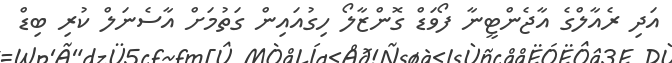
އަދި ރެއާލްގެ އާޖެންޓީނާ ފޯވަޑް ގޮންޒާލޯ ހިގުއައިން ގަތުމަށް އާސެނަލް ކުރި ބިޑް